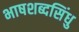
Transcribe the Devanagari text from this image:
भाषशब्दसिंधु